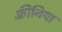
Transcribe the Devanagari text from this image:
फ़्रीनिया